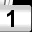
Digit: 1